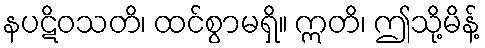
နပဋိဝသတိ၊ ထင်စွာမရှိ။ ဣတိ၊ ဤသို့မိန့်